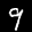
Label: 9